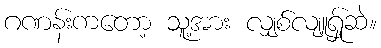
ဂဏန်းကတော့ သူ့အား လျှစ်လျူရ်ှုဆဲ။